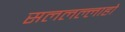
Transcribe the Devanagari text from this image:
सललल्लाहो